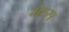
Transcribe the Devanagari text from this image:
मेथ्स